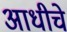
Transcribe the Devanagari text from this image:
अाधीचे